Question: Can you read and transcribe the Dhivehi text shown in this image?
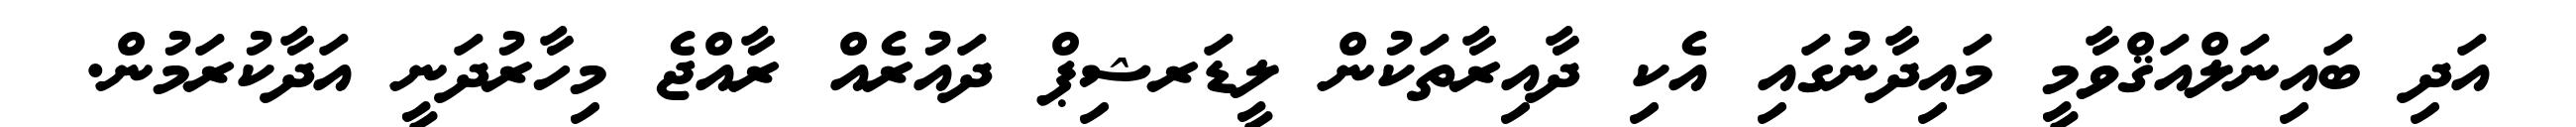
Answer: އަދި ބައިނަލްއަޤްވާމީ މައިދާނުގައި އެކި ދާއިރާތަކުން ލީޑަރޝިޕް ދައުރެއް ރާއްޖެ މިހާރުދަނީ އަދާކުރަމުން.